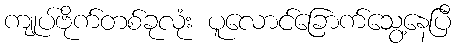
ကျုပ်ဗိုက်တစ်ခုလုံး ပူလောင်ခြောက်သွေ့နေပြီ